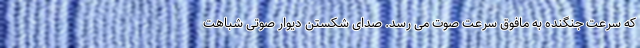
که سرعت جنگنده به مافوق سرعت صوت می رسد. صدای شکستن دیوار صوتی شباهت